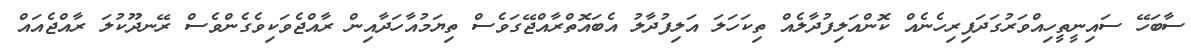
ސާބަހޭ ސައިނީތީހިއްވަރުގަދަފިރިހެނެއް ކޮންއަލިފުދާލެއް ތިކަހަލަ އަލިފުދާލު އެބައޮތްރާއްޖޭގަވެސް ތިޔަމުއާހަދާއިން ރާއްޖެވަކިވެގެންވެސް ރޭނދޫކުލަ ރާއްޖެއައް